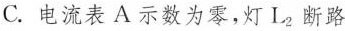
C. 电流表A示数为零，灯L_{2}断路